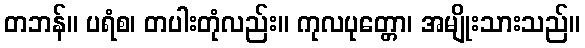
တဘန်။ ပရံစ၊ တပါးတုံလည်း။ ကုလပုတ္တော၊ အမျိုးသားသည်။